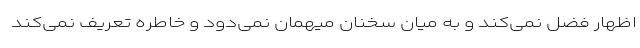
اظهار فضل نمی‌کند و به میان سخنان میهمان نمی‌دود و خاطره تعریف نمی‌کند